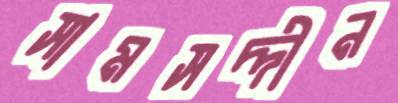
সামসদ্দীন